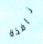
نافذة